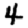
Digit: 4